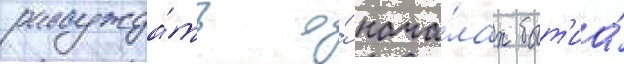
рассужда́ть о́ нача́лах быт'иа́